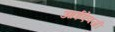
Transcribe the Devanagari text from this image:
आईऐवजी